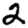
Digit: 2